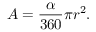
A = { \frac { \alpha } { 3 6 0 } } \pi r ^ { 2 } .